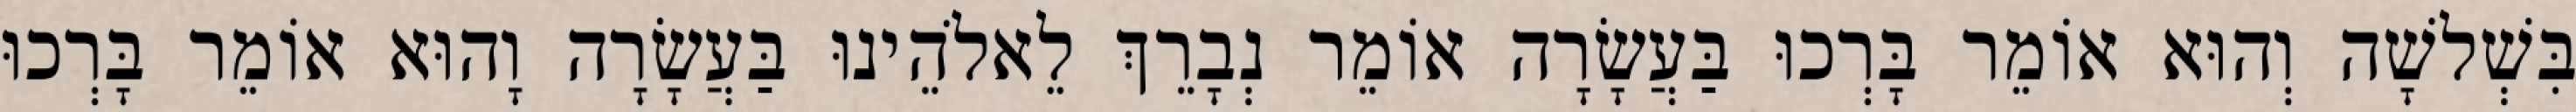
בִּשְׁלשָׁה וְהוּא אוֹמֵר בָּרְכוּ בַּעֲשָׂרָה אוֹמֵר נְבָרֵךְ לֵאלֹהֵינוּ בַּעֲשָׂרָה וָהוּא אוֹמֵר בָּרְכוּ